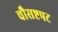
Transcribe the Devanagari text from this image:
चौसष्टपट